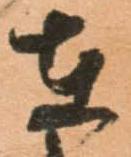
在